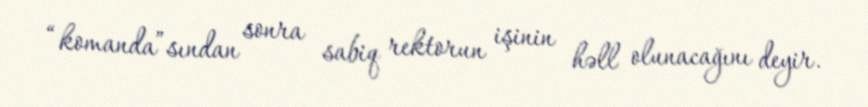
“komanda”sından sonra sabiq rektorun işinin həll olunacağını deyir.